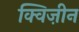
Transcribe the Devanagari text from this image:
क्विज़ीन